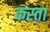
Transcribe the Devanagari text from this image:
कस्ता